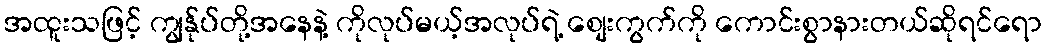
အထူးသဖြင့် ကျွန်ုပ်တို့အနေနဲ့ ကိုလုပ်မယ့်အလုပ်ရဲ့ စျေးကွက်ကို ကောင်းစွာနားတယ်ဆိုရင်ရော